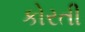
કોરતી